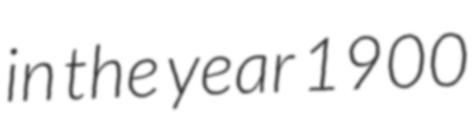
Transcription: in the year 1900